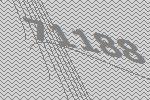
71188